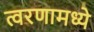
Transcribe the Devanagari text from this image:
त्वरणामध्ये